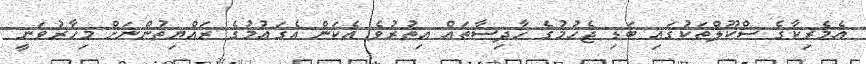
އެމެރިކާގެ ސްކޫލްތަކުގައި ބަޑި ޖެހުމުގެ ހާދިސާތައް އިތުރުވެ އެކަން އެގައުމުގެ ރައްޔިތުންނަށް މިހާރުވަނީ